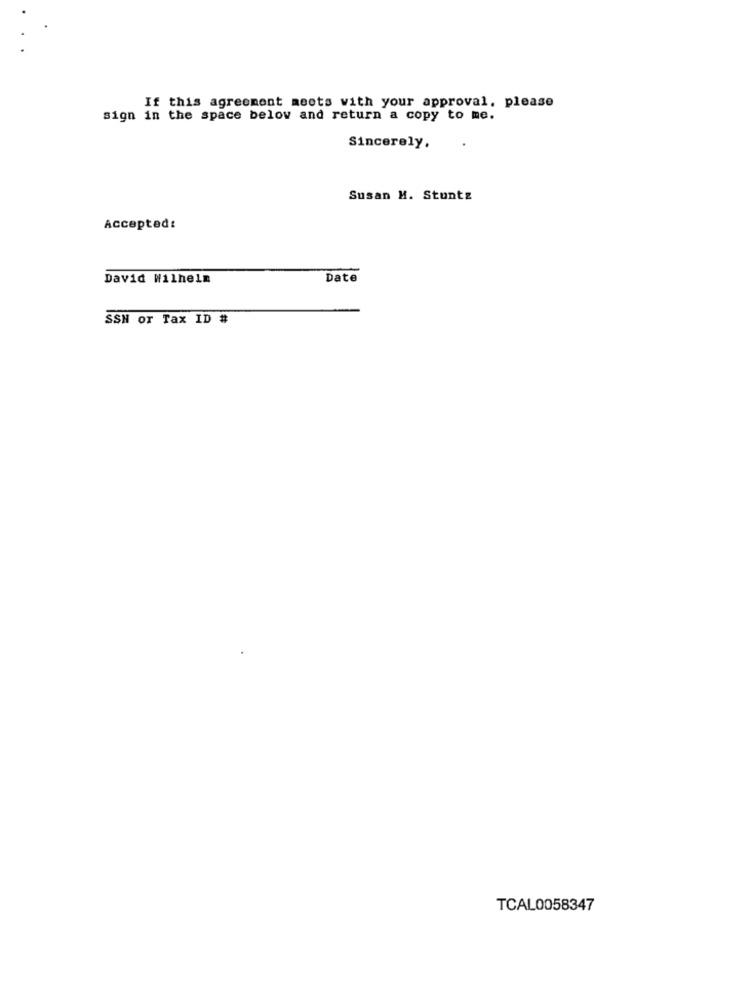
If this agreement meets with your approval, please
sign in the space below and return a copy to me.
Sincerely.
Susan M. Stuntz
Accepted:
David Wilhelm
Date
SSH or Tax ID #
TCAL0058347